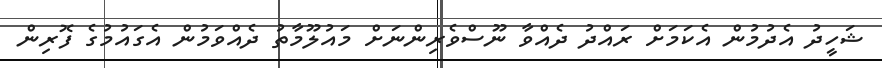
ޝަހީދު އެދުމުން އެކަމަށް ރައްދު ދެއްވާ ނޫސްވެރިންނަށް މައުލޫމާތު ދެއްވަމުން އެގައުމުގެ ފޮރިން